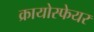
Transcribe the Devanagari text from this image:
क्रायोस्फेयर